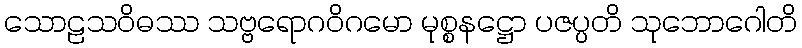
သောဠသဝိဓဿ သဗ္ဗရောဂဝိဂမော မုစ္စနဋ္ဌော ပဇပ္ပတိ သုဘောဂေါတိ